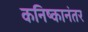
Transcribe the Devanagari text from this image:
कनिष्कानंतर